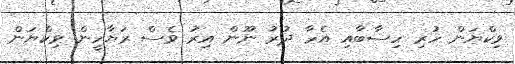
ވިކްޔަން ހުރި ހިސާބާއި އެހާ ދުރު ނޫން އިރު ވެސް ރަޔާހީން ވިކްޔަން